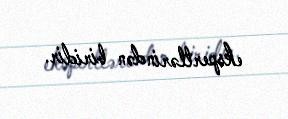
ekspertlərindən biridir.